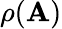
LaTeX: \rho(\mathbf{A})